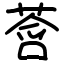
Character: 𫟓